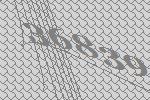
36839